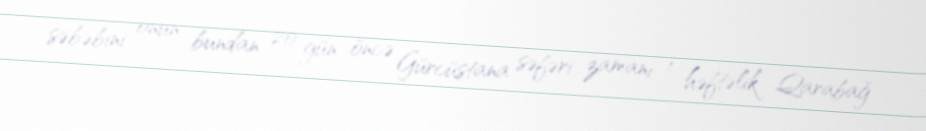
səbəbini onun bundan 20 gün öncə Gürcüstana səfəri zamanı 1 həftəlik Qarabağ